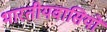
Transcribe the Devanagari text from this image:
भारतीयवासियों